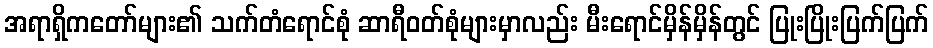
အရာရှိကတော်များ၏ သက်တံရောင်စုံ ဆာရီဝတ်စုံများမှာလည်း မီးရောင်မှိန်မှိန်တွင် ပြုးပြိုးပြက်ပြက်